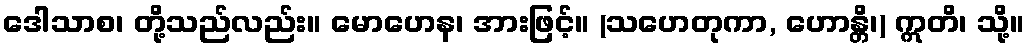
ဒေါသာစ၊ တို့သည်လည်း။ မောဟေန၊ အားဖြင့်။ (သဟေတုကာ, ဟောန္တိ၊) ဣတိ၊ သို့။